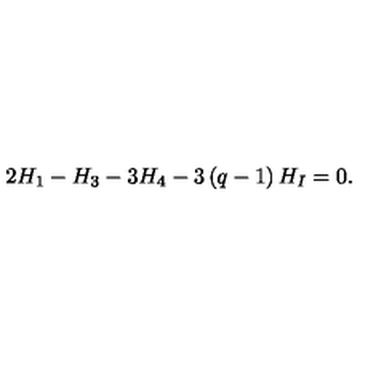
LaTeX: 2 H _ { 1 } - H _ { 3 } - 3 H _ { 4 } - 3 \left( q - 1 \right) H _ { I } = 0 .